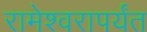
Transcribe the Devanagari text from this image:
रामेश्वरापर्यंत